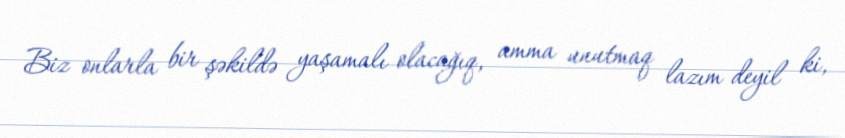
Biz onlarla bir şəkildə yaşamalı olacağıq, amma unutmaq lazım deyil ki,